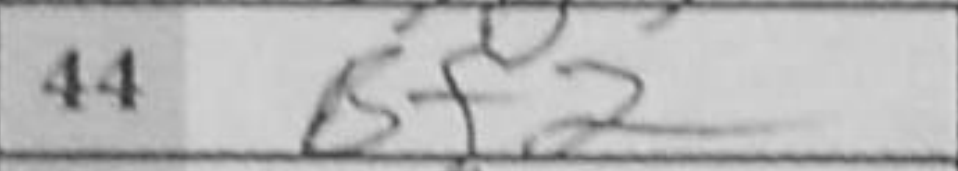
Transcription: Bf2